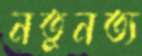
নতুনত্য